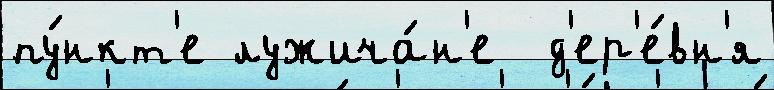
пу́нкт'е лужича́н'е  д'ер'е́вн'я